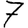
Digit: 7